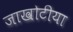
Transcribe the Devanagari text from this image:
जाखोटीया